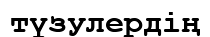
түзулердің